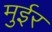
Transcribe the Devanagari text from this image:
मुईर